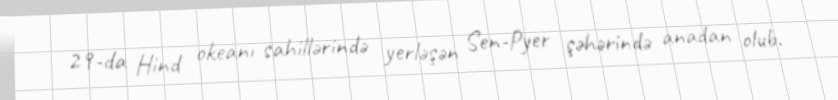
29-da Hind okeanı sahillərində yerləşən Sen-Pyer şəhərində anadan olub.